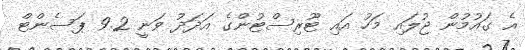
އެ ގައުމުން ޖުލައި މަހު އައި ޓޫރިސްޓުންގެ އަދަދު ވަނީ 9.2 ޕަސެންޓް